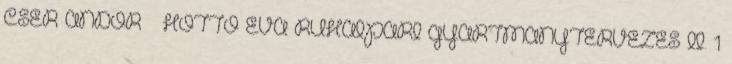
CSER ANDOR – HOTTÓ ÉVA RUHAIPARI GYÁRTMÁNYTERVEZÉS II. 1